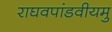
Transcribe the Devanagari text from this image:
राघवपांडवीयमु